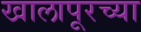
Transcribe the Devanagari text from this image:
खालापूरच्या